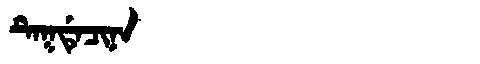
Manchu: ᡨᡝᡴᡩᡝᠴᡳᠨᠠ
Romanization: TEKDECINA